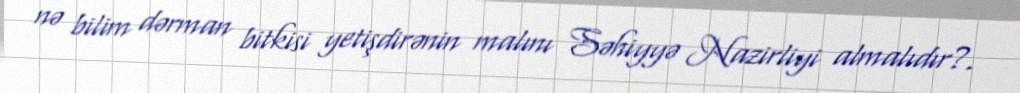
nə bilim dərman bitkisi yetişdirənin malını Səhiyyə Nazirliyi almalıdır?.